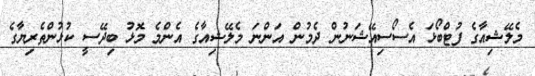
މެލޭޝިއާގެ ފުޓްބޯޅަ އެސޯސިއޭޝަނުން ދެމުން އަންނަ މެލޭޝިއާގެ އެންމެ މޮޅު ބިދޭސީ ކުޅުންތެރިޔާގެ